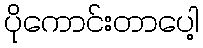
ပိုကောင်းတာပေါ့